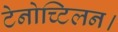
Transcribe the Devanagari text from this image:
टेनोच्टिलन।